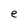
Character: e